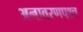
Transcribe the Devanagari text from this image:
अनावरणपश्च